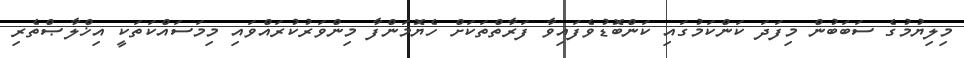
މިލިޔުމުގެ ސަބަބުން މިފަދަ ކަންކަމުގައި ކަންބޮޑުވެފައިވާ ފަރާތްތަކަށް ހެޔޮމަންފާ މިންވަރުކުރައްވައި މިމަސައްކަތަކީ އިޚްލާޞްތެރި